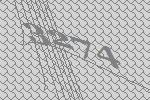
3274